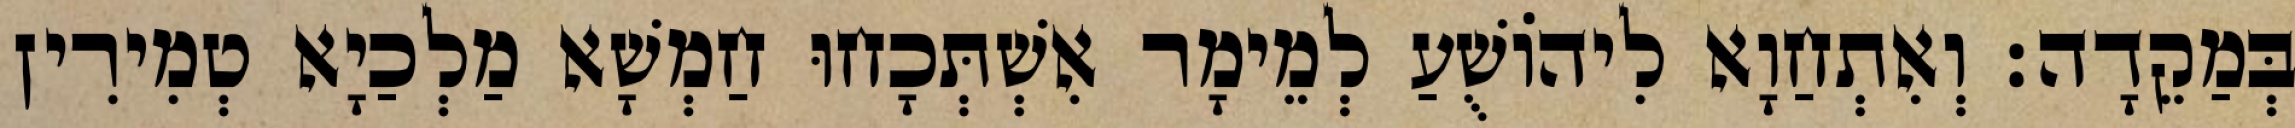
בְּמַקֵדָה׃ וְאִתְחַוָא לִיהוֹשֻׁעַ לְמֵימָר אִשְׁתְּכָחוּ חַמְשָׁא מַלְכַיָא טְמִירִין